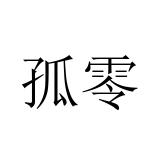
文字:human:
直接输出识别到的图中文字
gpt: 孤零